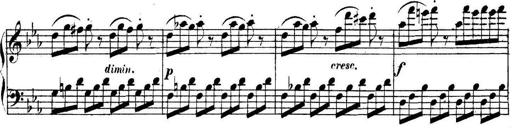
Title: Collected Piano Sonatas
Composer: Muzio Clementi